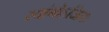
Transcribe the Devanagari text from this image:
स्वांगोऽजितः